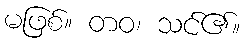
မဖြစ်။ တဝ၊ သင်၏။